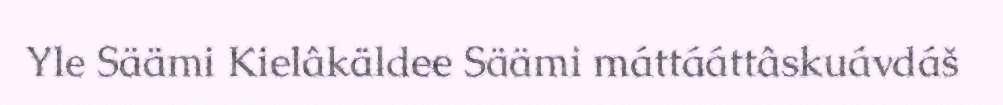
Yle Säämi Kielâkäldee Säämi máttááttâskuávdáš